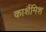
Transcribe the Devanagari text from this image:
कार्शैमिश